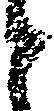
と